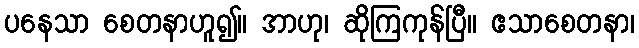
ပနေသာ စေတနာဟူ၍။ အာဟု၊ ဆိုကြကုန်ပြီ။ ဧသာစေတနာ၊